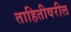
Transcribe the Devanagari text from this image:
ताहितीवरील